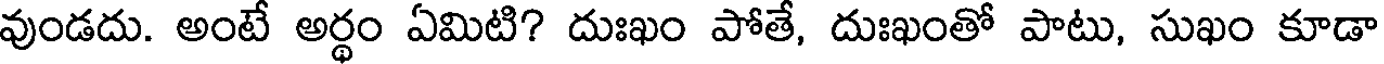
వుండదు. అంటే అర్థం ఏమిటి? దుఃఖం పోతే, దుఃఖంతో పాటు, సుఖం కూడా